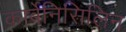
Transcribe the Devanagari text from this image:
कार्बेनिसिलिन